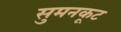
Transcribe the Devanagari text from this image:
सुमनकूट